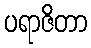
ပရာဇိတာ